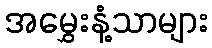
အမွှေးနံ့သာများ